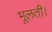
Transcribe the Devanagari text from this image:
भूलती।